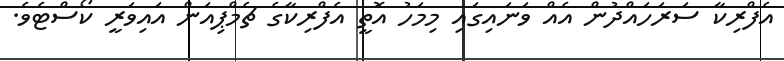
އެފްރިކާ ސަރަހައްދުން އެއް ވަނައިގައި މިމަހު އޮތީ އެފްރިކާގެ ޗެމްޕިއަން އައިވަރީ ކޯސްޓެވެ.